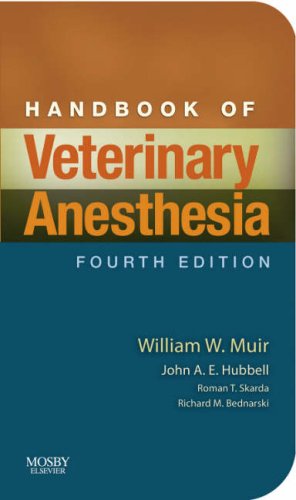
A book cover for Handbook of Veterinary Anesthesia, 4e; William W. Muir III DVM   PhD; Medical Books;